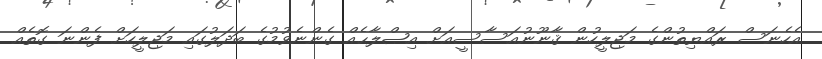
އެހެނަސް ރައްޔިތުންގެ މަޖިލީހުން ޤާނޫނުއަސާސީއަށް އިޞްލާޙެއް ގެންނެވުމުގެ ބަދަލުގައި މަޖިލީހަށް ފެންނަ ގޮތެއް